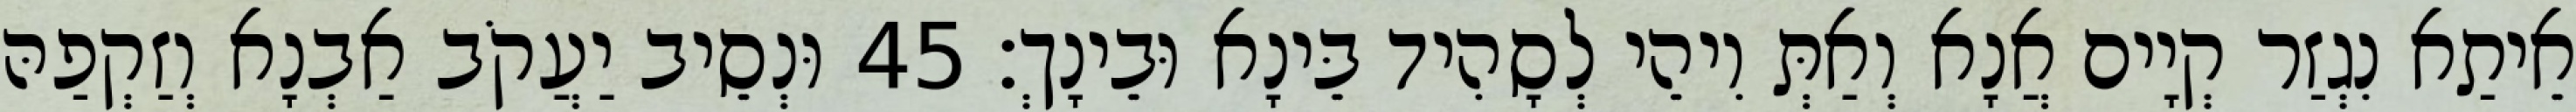
אֵיתַא נִגְזַר קְיָים אֲנָא וְאַתְּ וִיהֵי לְסָהִיד בֵּינָא וּבֵינָךְ׃ 45 וּנְסֵיב יַעֲקֹב אַבְנָא וְזַקְפַהּ